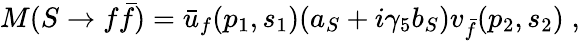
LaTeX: M(S\rightarrow f\bar{f})=\bar{u}_{f}(p_{1},s_{1})(a_{S}+i\gamma_{5}b_{S})v_{\bar{f}}(p_{2},s_{2})\; ,